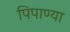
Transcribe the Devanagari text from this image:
पिपाण्या